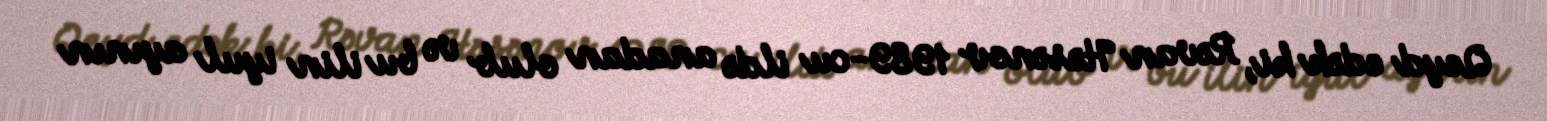
Qeyd edək ki, Rəvan Həsənov 1989-cu ildə anadan olub və bu ilin iyul ayının